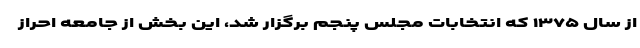
از سال ۱۳۷۵ که انتخابات مجلس پنجم برگزار شد، این بخش از جامعه احراز